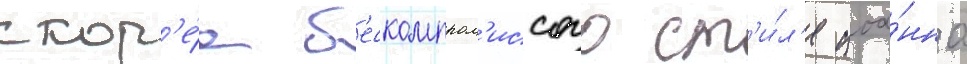
скор'е́е б'ескомпром'иссого ст'и́л'я иоа́нна